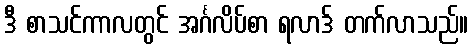
ဒီ စာသင်ကာလတွင် အင်္ဂလိပ်စာ ရလာဒ် တက်လာသည်။